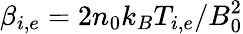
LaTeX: \beta_{i,e}=2n_{0}k_{B}T_{i,e}/B_{0}^{2}